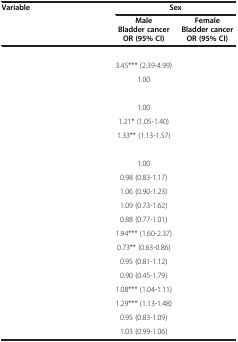
<table><thead><tr><td><b>Variable</b></td><td colspan="2"><b>Sex</b></td></tr><tr><td>[EMPTY_CELL]</td><td><b>Male Bladder cancer OR (95% CI)</b></td><td><b>Female Bladder cancer OR (95% CI)</b></td></tr></thead><tbody><tr><td>[EMPTY_CELL]</td><td>[EMPTY_CELL]</td><td>[EMPTY_CELL]</td></tr><tr><td>[EMPTY_CELL]</td><td>3.45*** (2.39-4.99)</td><td>[EMPTY_CELL]</td></tr><tr><td>[EMPTY_CELL]</td><td>1.00</td><td>[EMPTY_CELL]</td></tr><tr><td>[EMPTY_CELL]</td><td>[EMPTY_CELL]</td><td>[EMPTY_CELL]</td></tr><tr><td>[EMPTY_CELL]</td><td>1.00</td><td>[EMPTY_CELL]</td></tr><tr><td>[EMPTY_CELL]</td><td>1.21* (1.05-1.40)</td><td>[EMPTY_CELL]</td></tr><tr><td>[EMPTY_CELL]</td><td>1.33** (1.13-1.57)</td><td>[EMPTY_CELL]</td></tr><tr><td>[EMPTY_CELL]</td><td>[EMPTY_CELL]</td><td>[EMPTY_CELL]</td></tr><tr><td>[EMPTY_CELL]</td><td>1.00</td><td>[EMPTY_CELL]</td></tr><tr><td>[EMPTY_CELL]</td><td>0.98 (0.83-1.17)</td><td>[EMPTY_CELL]</td></tr><tr><td>[EMPTY_CELL]</td><td>1.06 (0.90-1.23)</td><td>[EMPTY_CELL]</td></tr><tr><td>[EMPTY_CELL]</td><td>1.09 (0.73-1.62)</td><td>[EMPTY_CELL]</td></tr><tr><td>[EMPTY_CELL]</td><td>0.88 (0.77-1.01)</td><td>[EMPTY_CELL]</td></tr><tr><td>[EMPTY_CELL]</td><td>1.94*** (1.60-2.37)</td><td>[EMPTY_CELL]</td></tr><tr><td>[EMPTY_CELL]</td><td>0.73** (0.63-0.86)</td><td>[EMPTY_CELL]</td></tr><tr><td>[EMPTY_CELL]</td><td>0.95 (0.81-1.12)</td><td>[EMPTY_CELL]</td></tr><tr><td>[EMPTY_CELL]</td><td>0.90 (0.45-1.79)</td><td>[EMPTY_CELL]</td></tr><tr><td>[EMPTY_CELL]</td><td>1.08*** (1.04-1.11)</td><td>[EMPTY_CELL]</td></tr><tr><td>[EMPTY_CELL]</td><td>1.29*** (1.13-1.48)</td><td>[EMPTY_CELL]</td></tr><tr><td>[EMPTY_CELL]</td><td>0.95 (0.83-1.09)</td><td>[EMPTY_CELL]</td></tr><tr><td>[EMPTY_CELL]</td><td>1.03 (0.99-1.06)</td><td>[EMPTY_CELL]</td></tr></tbody></table>